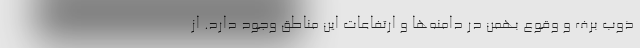
ذوب برف و وقوع بهمن در دامنه‌ها و ارتفاعات این مناطق وجود دارد. از